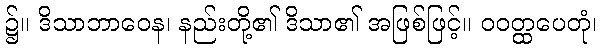
၌။ ဒိသာဘာဝေန၊ နည်းတို့၏ ဒိသာ၏ အဖြစ်ဖြင့်။ ဝဝတ္ထပေတုံ၊